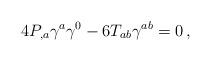
LaTeX: \begin{align*}4 P_{,a}\gamma^a\gamma^0-6T_{ab} \gamma^{ab}=0\, ,\end{align*}